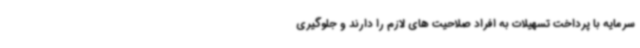
سرمایه با پرداخت تسهیلات به افراد صلاحیت های لازم را دارند و جلوگیری